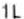
1L